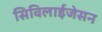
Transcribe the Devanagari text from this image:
सिविलाईजेसन